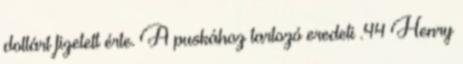
dollárt fizetett érte. A puskához tartozó eredeti .44 Henry